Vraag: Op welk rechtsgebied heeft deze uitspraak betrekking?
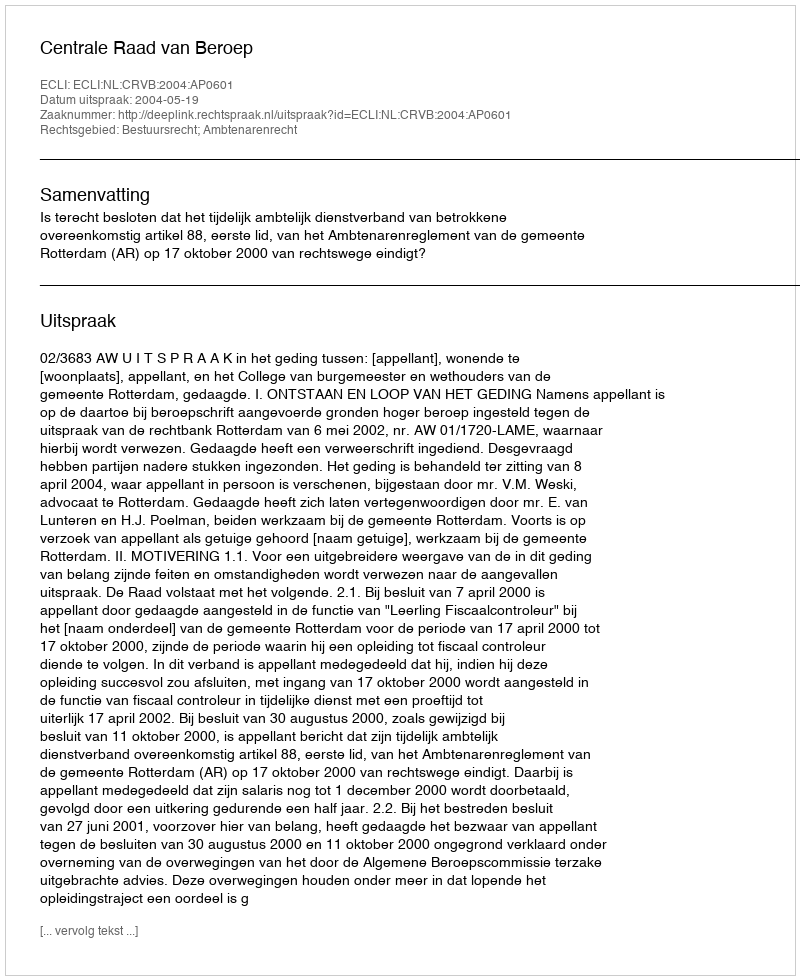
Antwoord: Bestuursrecht; Ambtenarenrecht